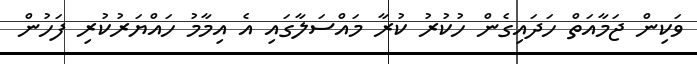
ވަކިން ޖަމާއަތް ހަދައިގެން ހުކުރު ކުރާ މައްސަލާގައި އެ އިމާމު ހައްޔަރުކުރި ފަހުން